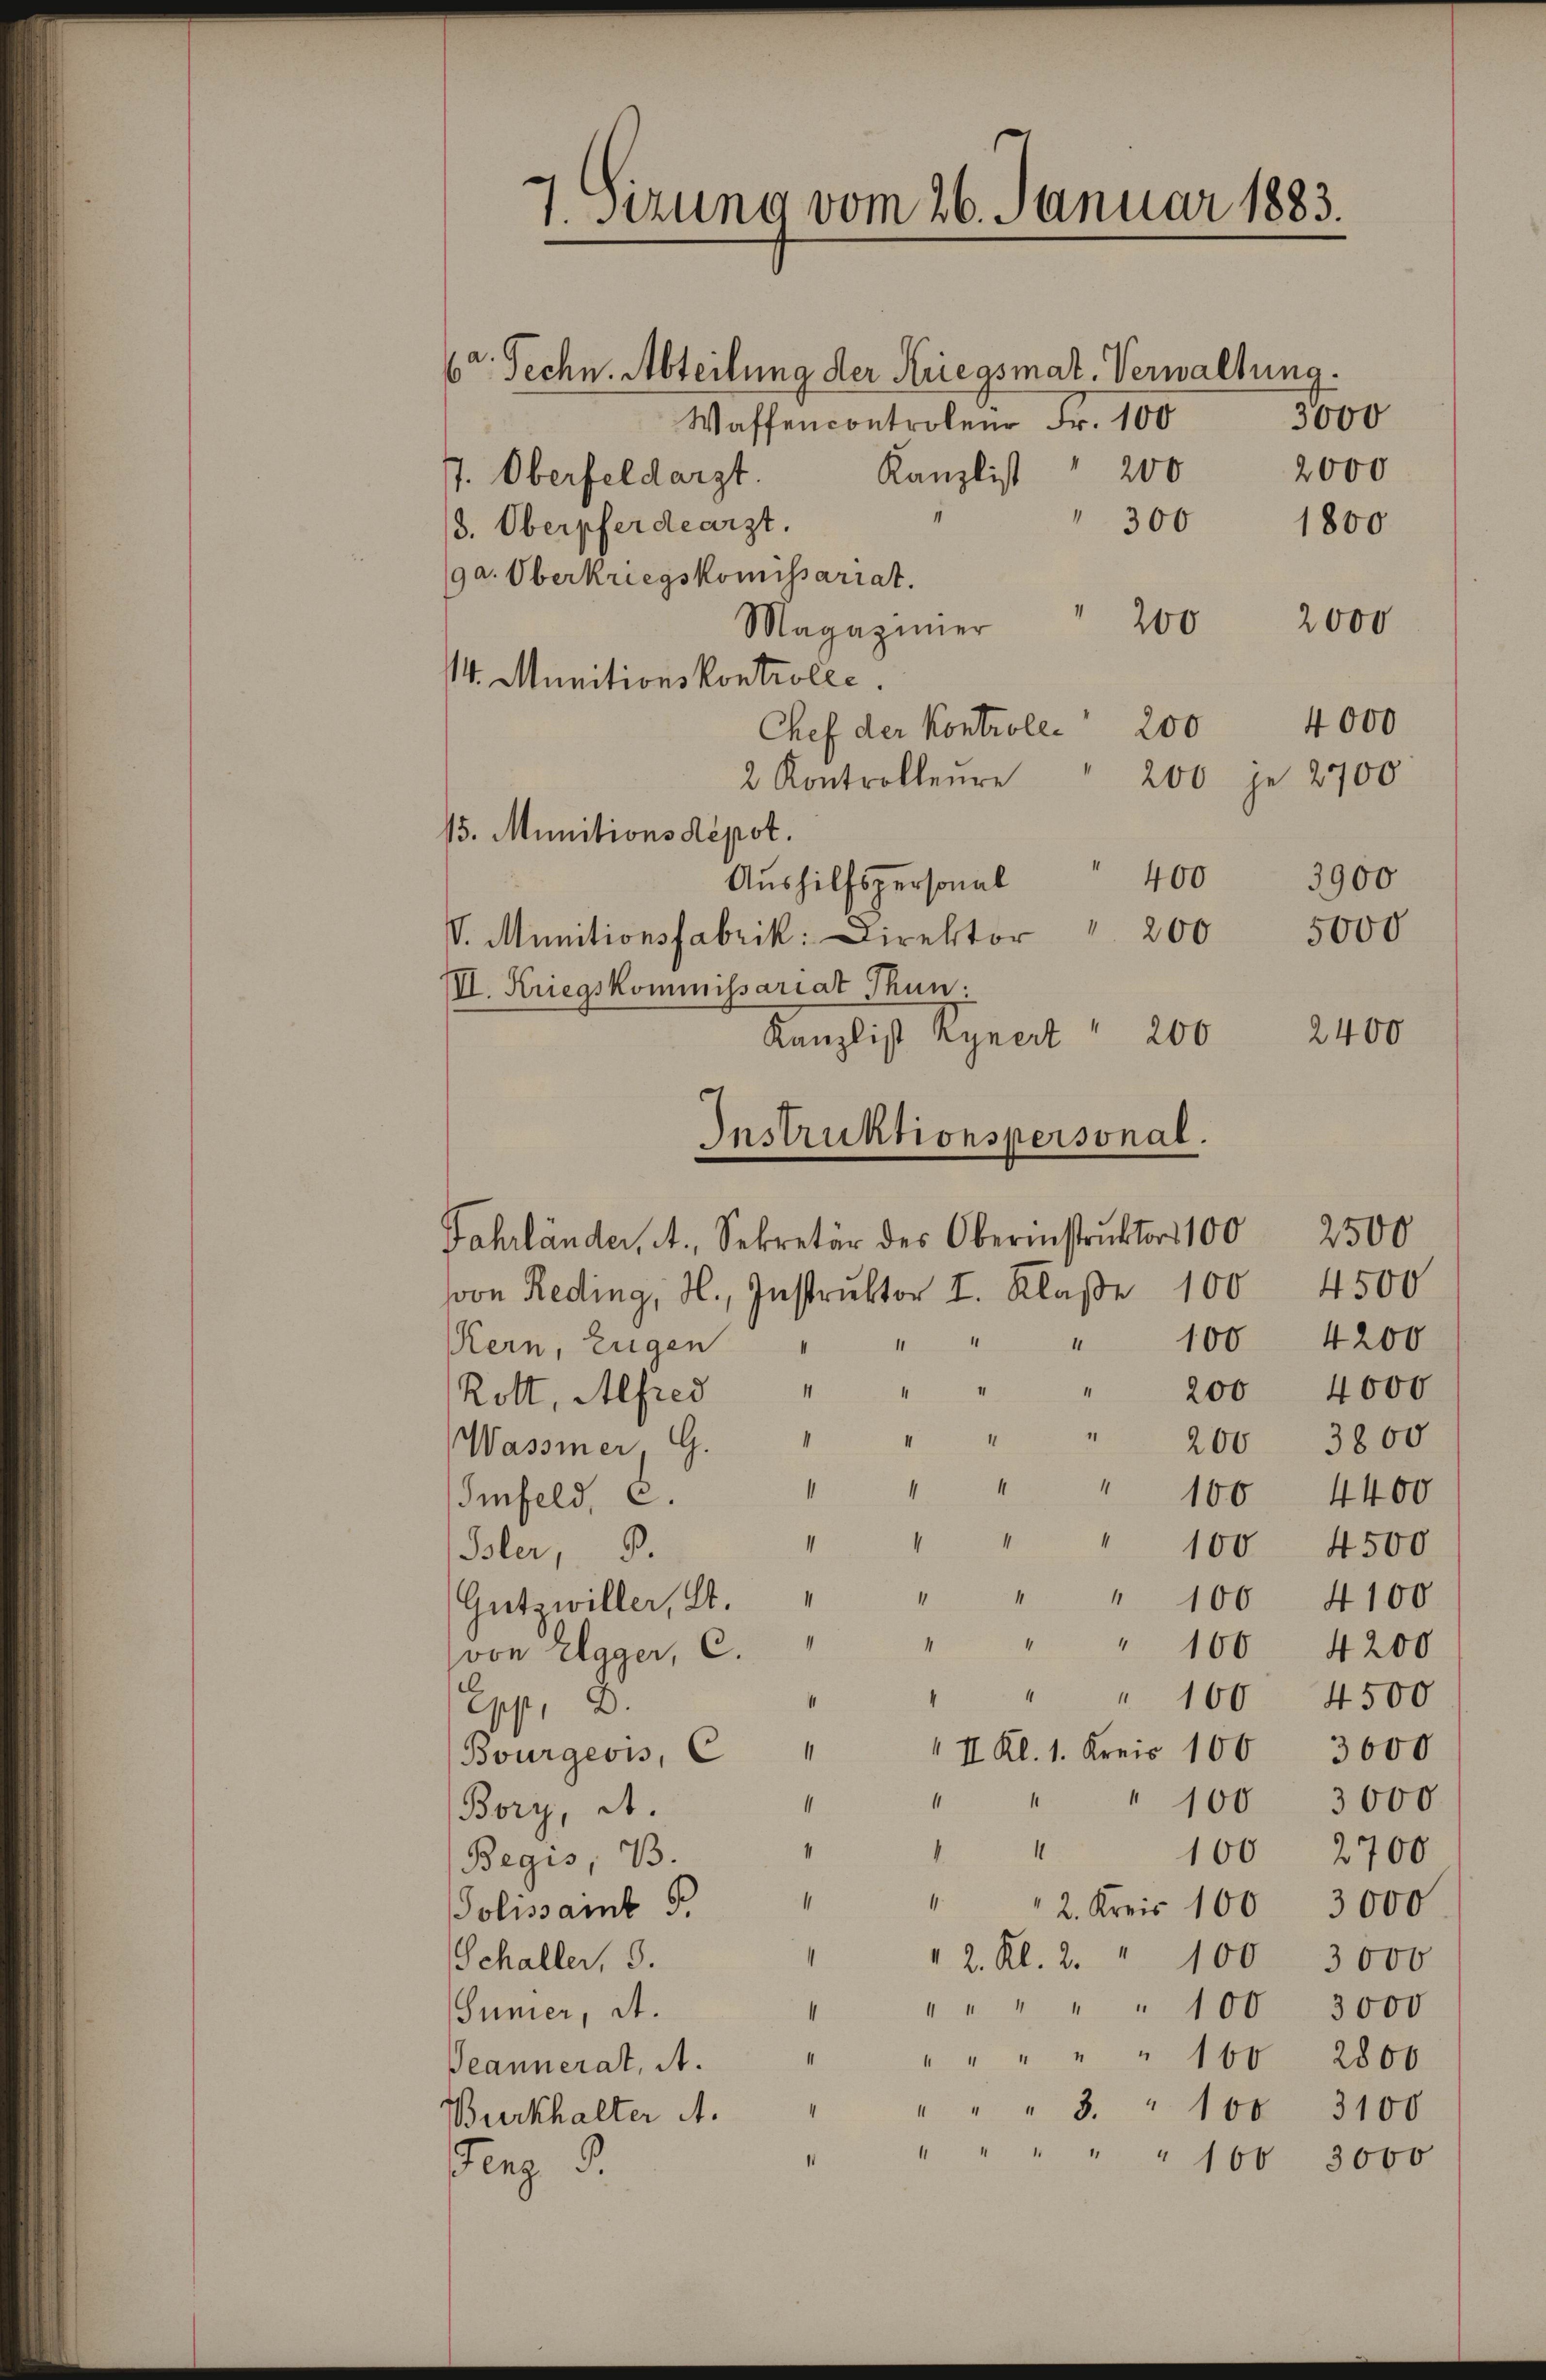
7. Stzung vom 26. Januar 1883.

6. Techn. Abteilung der Kriegsmat. Verwaltung.
3000
Waffencontrolen Fr. 100
2000
200
Kanzlist
7. Oberfeldarzt.
300
1800
3. Oberpferdearzt.
9a. Oberkriegskomissariat.
200
2000
Magaziner
14. Munitionskontrolle.
4000
Chef der Kontroler 200
200 je 2700
2 Kontrolleure
15. Munitions dépot.
Aŭshilfspersonal 400 3900
V. Munitionsfabrik: Direktor " 200 5000
II. Kriegskommissariat Thun.
Kanzlist Rynert 200
Instruktionspersonal.
Fahrländer, A., Sekretär des Oberinstruktor 100 2500
svon Reding, H., Instruktor I. Klaße 100 4500
100 4200
Kern, Eugen "
4000
200
Rott, Alfred "
" 200 3800
Wasser G.
1
1
" 100 4400
Imfeld, C.
1
I
100 4500
Isler, 3.
" 100 4100
Gutswiller, St.
1
" 100 4200
von Elgger, c.
4500
100
Epp, D.
II Kl. 1. Kreis 106 3000.
Bourgeois, C
A
" 100 3000
Bory, A.
4
1
100 2700
Begis, B
“
2. Kreis 100 3000
Polissamb
4
Schaller, 3.
2. Kl. 2. " 100 3000
" " " 100 3000
Sümer, a.
4
" " " 100 2800
Beannerat, A.
4
" " " 3. " 100 3100
Burkhalter A.
" " " " " 100 3000
Flez d.

2400